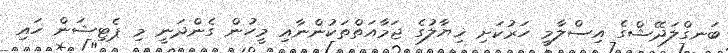
ބަނގްލަދޭޝްގެ އިސްލާމީ ހަރުކަށި ޚިޔާލުގެ ޖަމާއަތްތަކުންނާއި މީހުން ގެންދަނީ މި ޕެޓިޝަން ހައި